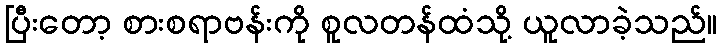
ပြီးတော့ စားစရာဗန်းကို စူလတန်ထံသို့ ယူလာခဲ့သည်။